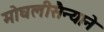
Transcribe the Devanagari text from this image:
मोघलीसैन्याने